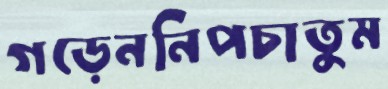
গড়েননিপচাতুম